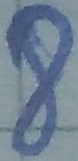
Text: 8